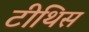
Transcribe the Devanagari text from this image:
टीथिस